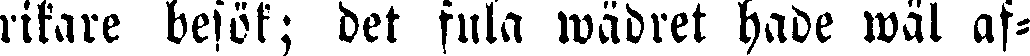
rikare besök; det fula wädret hade wäl af-